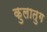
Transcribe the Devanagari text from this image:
कुलातुग